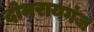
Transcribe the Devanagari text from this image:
दोमरायगंज